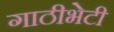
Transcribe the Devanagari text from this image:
गाठीभेटी